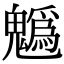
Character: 𩴞